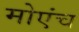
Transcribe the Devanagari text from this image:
मोएंच